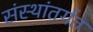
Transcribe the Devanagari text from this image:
संस्थांतर्गत